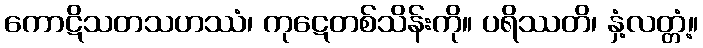
ကောဋိသတသဟဿံ၊ ကုဋေတစ်သိန်းကို။ ပရိဿတိ၊ နှံ့လတ္တံ့။